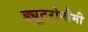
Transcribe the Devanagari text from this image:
ड्यूटरोनौमी